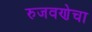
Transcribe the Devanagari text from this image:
रुजवणेचा